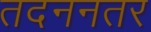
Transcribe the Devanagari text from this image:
तदननतर